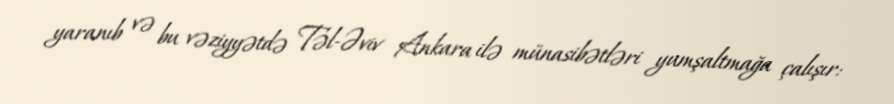
yaranıb və bu vəziyyətdə Təl-Əviv Ankara ilə münasibətləri yumşaltmağa çalışır: